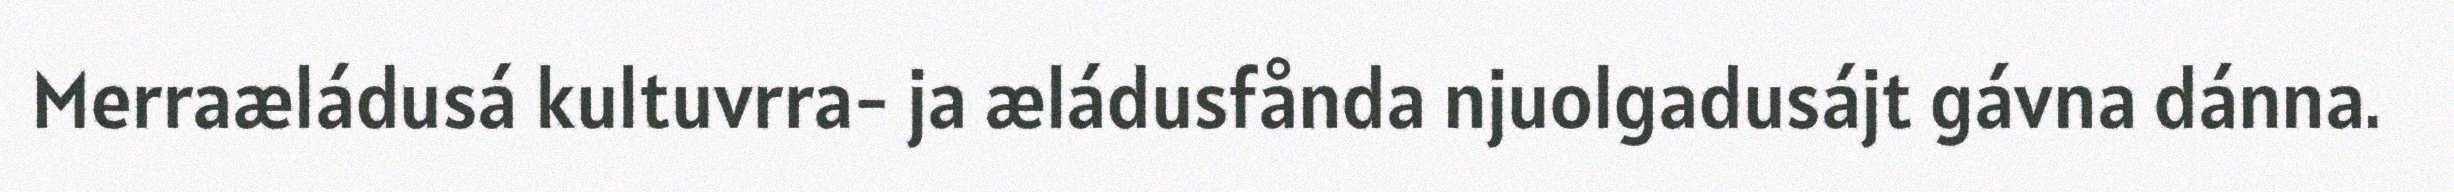
Merraæládusá kultuvrra- ja æládusfånda njuolgadusájt gávna dánna.